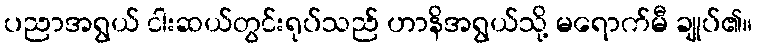
ပညာအရွယ် ငါးဆယ်တွင်းရုပ်သည် ဟာနိအရွယ်သို့ မရောက်မီ ချုပ်၏။